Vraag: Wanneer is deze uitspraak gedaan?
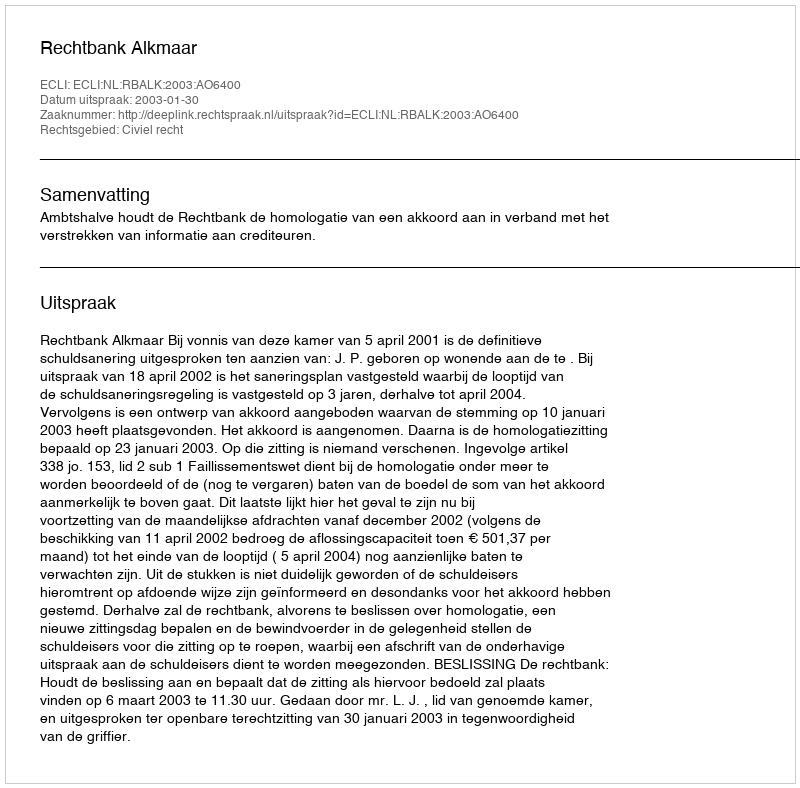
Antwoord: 2003-01-30